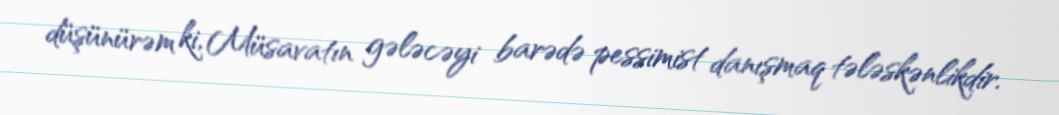
düşünürəm ki, Müsavatın gələcəyi barədə pessimist danışmaq tələskənlikdir.